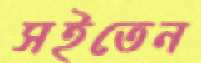
সইতেন